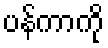
ပန်ကာကို